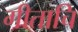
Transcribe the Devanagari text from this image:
गीताचि